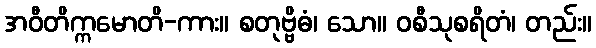
အဝီတိက္ကမောတိ-ကား။ စတုဗ္ဗိဓံ၊ သော။ ဝစီသုစရိတံ၊ တည်း။